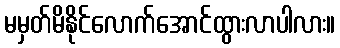
မမှတ်မိနိုင်လောက်အောင်ထွားလာပါလား။